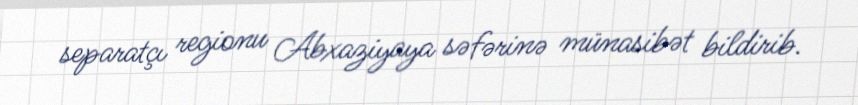
separatçı regionu Abxaziyaya səfərinə münasibət bildirib.